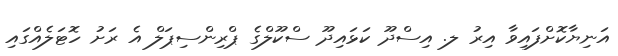
އަނިޔާކޮށްފައިވާ އިރު ލ. އިސްދޫ ކަޅައިދޫ ސްކޫލްގެ ޕްރިންސިޕަލް އެ ރަށު ހޮޓަލެއްގައި